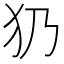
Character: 𤜠